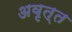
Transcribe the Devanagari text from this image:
अवृत्त